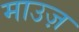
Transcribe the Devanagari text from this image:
माउज़